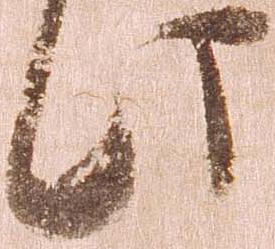
此